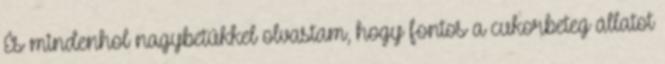
És mindenhol nagybetűkkel olvastam, hogy fontos a cukorbeteg állatot